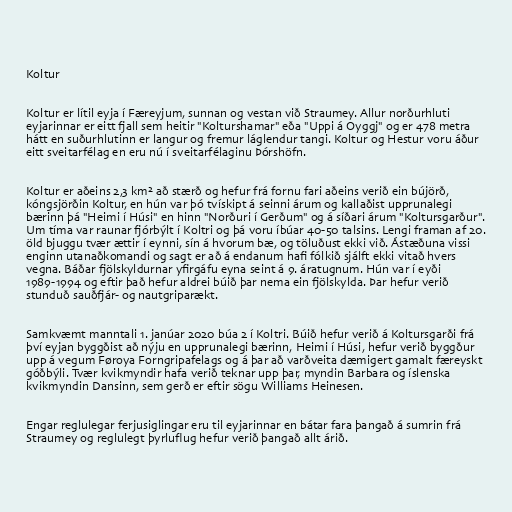
Koltur

Koltur er lítil eyja í Færeyjum, sunnan og vestan við Straumey. Allur norðurhluti
eyjarinnar er eitt fjall sem heitir "Kolturshamar" eða "Uppi á Oyggj" og er 478 metra
hátt en suðurhlutinn er langur og fremur láglendur tangi. Koltur og Hestur voru áður
eitt sveitarfélag en eru nú í sveitarfélaginu Þórshöfn.

Koltur er aðeins 2,3 km² að stærð og hefur frá fornu fari aðeins verið ein bújörð,
kóngsjörðin Koltur, en hún var þó tvískipt á seinni árum og kallaðist upprunalegi
bærinn þá "Heimi í Húsi" en hinn "Norðuri í Gerðum" og á síðari árum "Koltursgarður".
Um tíma var raunar fjórbýlt í Koltri og þá voru íbúar 40-50 talsins. Lengi framan af 20.
öld bjuggu tvær ættir í eynni, sín á hvorum bæ, og töluðust ekki við. Ástæðuna vissi
enginn utanaðkomandi og sagt er að á endanum hafi fólkið sjálft ekki vitað hvers
vegna. Báðar fjölskyldurnar yfirgáfu eyna seint á 9. áratugnum. Hún var í eyði
1989-1994 og eftir það hefur aldrei búið þar nema ein fjölskylda. Þar hefur verið
stunduð sauðfjár- og nautgriparækt.

Samkvæmt manntali 1. janúar 2020 búa 2 í Koltri. Búið hefur verið á Koltursgarði frá
því eyjan byggðist að nýju en upprunalegi bærinn, Heimi í Húsi, hefur verið byggður
upp á vegum Føroya Forngripafelags og á þar að varðveita dæmigert gamalt færeyskt
góðbýli. Tvær kvikmyndir hafa verið teknar upp þar, myndin Barbara og íslenska
kvikmyndin Dansinn, sem gerð er eftir sögu Williams Heinesen.

Engar reglulegar ferjusiglingar eru til eyjarinnar en bátar fara þangað á sumrin frá
Straumey og reglulegt þyrluflug hefur verið þangað allt árið.